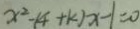
x ^ { 2 } - ( 4 + k ) x - 1 = 0